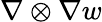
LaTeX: \nabla\otimes\nabla w